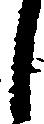
し